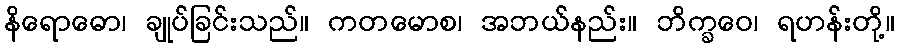
နိရောဓော၊ ချုပ်ခြင်းသည်။ ကတမောစ၊ အဘယ်နည်း။ ဘိက္ခဝေ၊ ရဟန်းတို့။